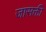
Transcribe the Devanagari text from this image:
जासक्ती